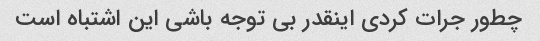
چطور جرات کردی اینقدر بی توجه باشی این اشتباه است